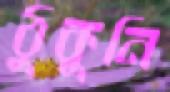
ঠুকুনি